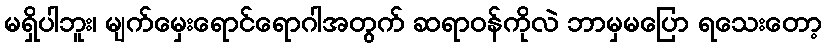
မရှိပါဘူး၊ မျက်မှေးရောင်ရောဂါအတွက် ဆရာဝန်ကိုလဲ ဘာမှမပြော ရသေးတော့